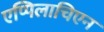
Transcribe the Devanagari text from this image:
एप्पिलाचिएन